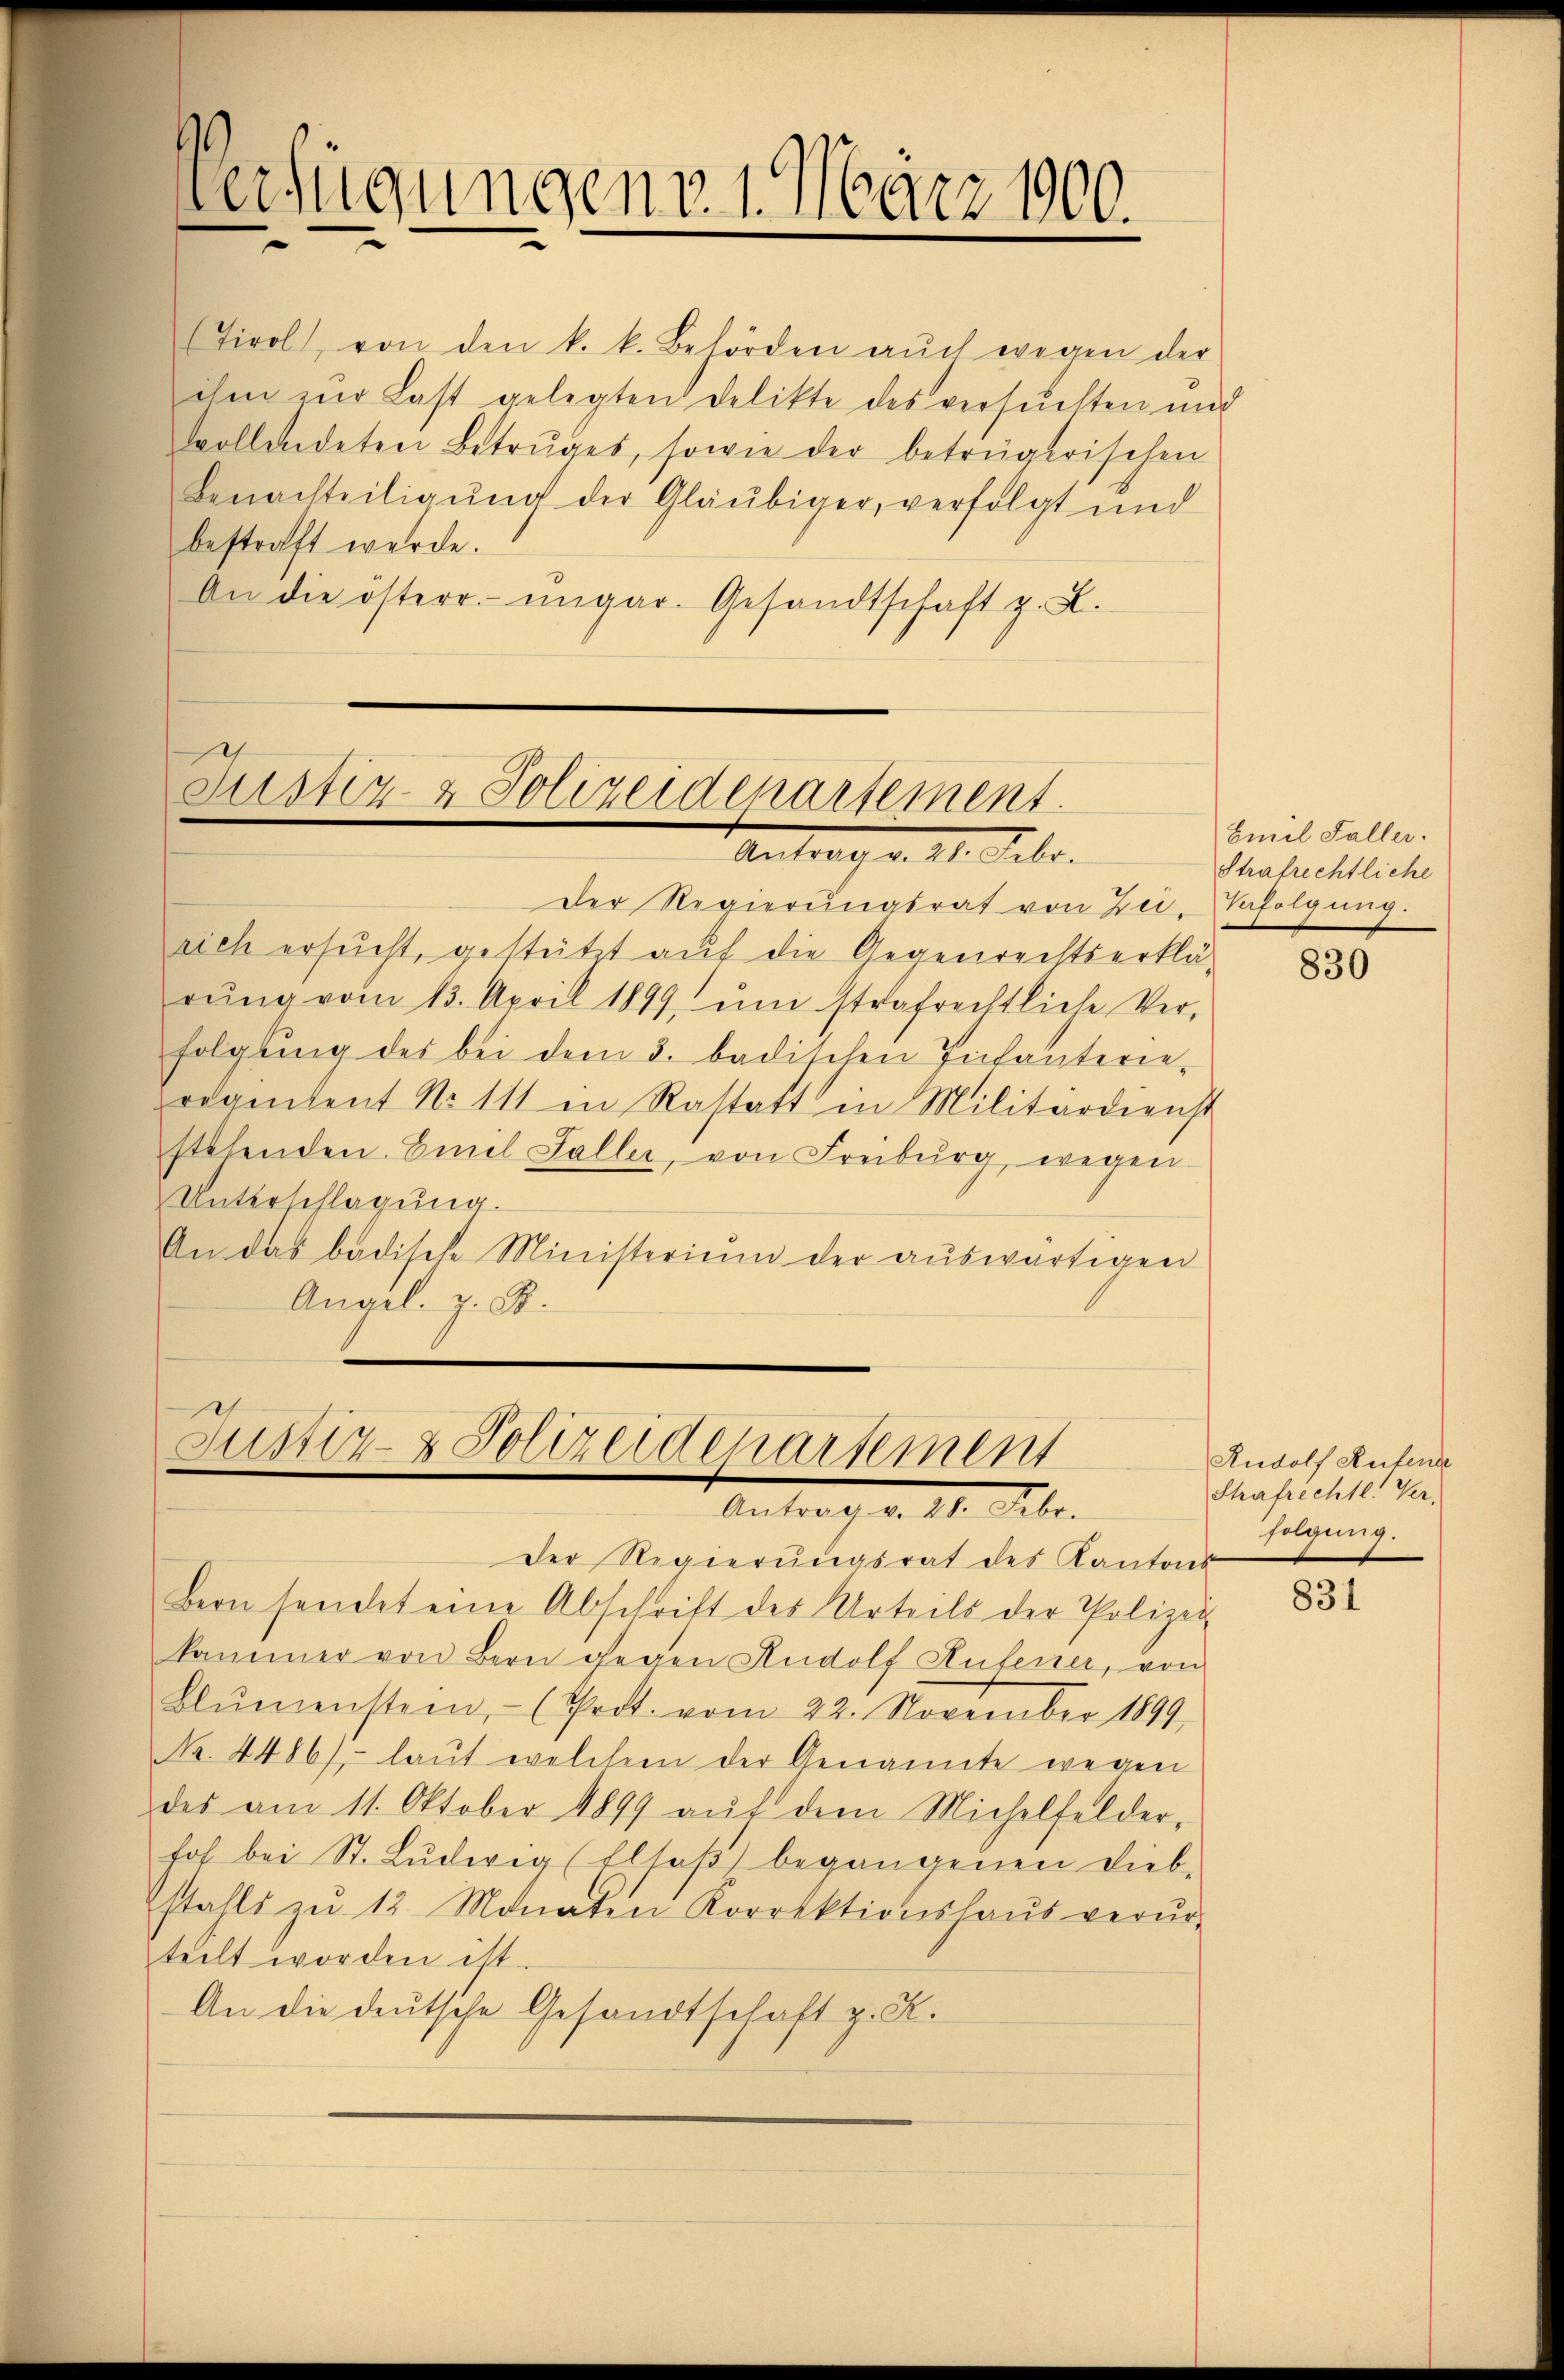
Verfügungen v. 1. März 1900.

Tirol, von den k. k. Behörden aŭch wegen der
ihm zur Last gelegten Delikte des versuchten und
vollendeten Betruges, sowie der betrügerischen
Benachteiligŭng der Gläubiger, verfolgt und
bestraft werde.
An die österr. ungar. Gesandtschaft z. B.

Justiz- & Polizeidenartement.
Antrag v. 28. Febr.

Justiz- & Polizeidenartement
Antrag v. 28. Febr.

Der Regierungsrat von Zei-
rich ersucht, gestützt auf die Gegenrechtserklä-
rŭng vom 13. April 1899, ŭm strafrechtliche Ver-
folgung des bei dem 3. badischen Infanterie-
regnetent No 111 in Rastatt in Militärdienst
stehenden. Emil Faller, von Freiburg, wegen
Unterschlagung.
An das badische Ministerium der aŭswärtigen
Anarl. z. B.

Der Regierungsrat des Kantons
Bern sendet eine Abschrift des Urteils der Polizei-
kammer von Bern gegen Rudolf Rufener, von
Blŭmenstein, - (Prot. vom 22. November 1899,
No. 4486), laut welchem der Genannte wegen
des am 11. Oktober 1899 aŭf dem Michelfelder-
hof bei St. Lŭdwig (Elsaß) begangenen Diebstalls zŭ 12 Monaten Korrektionshaŭs verŭr-
teilt worden ist.
An die deutsche Gesandtschaft z. R.

Emil Faller.
Strafrechtliche
Vefolgung.

830

Rudolf Rufende
Strafrechtl. Ver-
folgung.

831